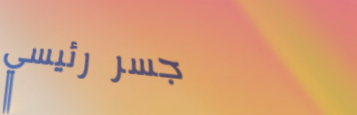
جسر رئيسي